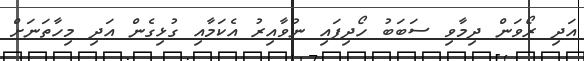
އަދި ރޯވަން ދިމާވި ސަބަބު ހޯދިފައި ނުވާއިރު އެކަމާއި ގުޅިގެން އަދި މިހާތަނަށް